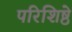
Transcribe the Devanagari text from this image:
परिशिष्ठे